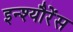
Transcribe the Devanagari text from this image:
इन्श्यौरेंस